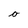
Character: o